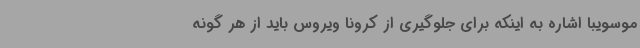
موسویبا اشاره به اینکه برای جلوگیری از کرونا ویروس باید از هر گونه